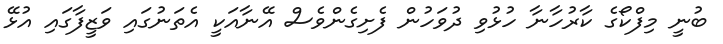
ބުނީ މިފްކޯގެ ކާރުހާނާ ހުޅުވި ދުވަހުން ފެށިގެންވެސް އޭނާއަކީ އެތަނުގައި ވަޒީފާގައި އުޅޭ